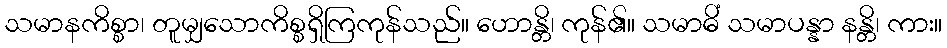
သမာနကိစ္စာ၊ တူမျှသောကိစ္စရှိကြကုန်သည်။ ဟောန္တိ၊ ကုန်၏။ သမာဓိံ သမာပန္နာ နန္တိ၊ ကား။